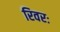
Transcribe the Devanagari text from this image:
रिवरः